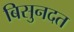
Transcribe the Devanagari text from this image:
बिसुनदत